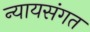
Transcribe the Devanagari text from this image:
न्‍यायसंगत